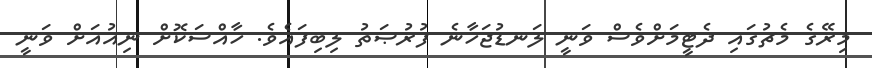
މިރޭގެ މެޗުގައި ދެޓީމަށްވެސް ވަނީ ލަނޑުޖަހާނެ ފުރުޞަތު ލިބިފައެވެ. ޚާއްސަކޮށް ނިއުއަށް ވަނީ